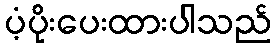
ပံ့ပိုးပေးထားပါသည်